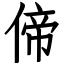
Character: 偙